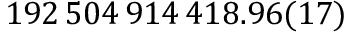
1 9 2 \, 5 0 4 \, 9 1 4 \, 4 1 8 . 9 6 ( 1 7 )